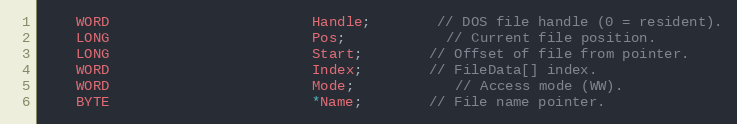
Language: C
	WORD						Handle;		// DOS file handle (0 = resident).
	LONG						Pos;			// Current file position.
	LONG						Start;		// Offset of file from pointer.
	WORD						Index;		// FileData[] index.
	WORD						Mode;			// Access mode (WW).
	BYTE						*Name;		// File name pointer.